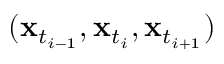
( \mathbf { x } _ { t _ { i - 1 } } , \mathbf { x } _ { t _ { i } } , \mathbf { x } _ { t _ { i + 1 } } )